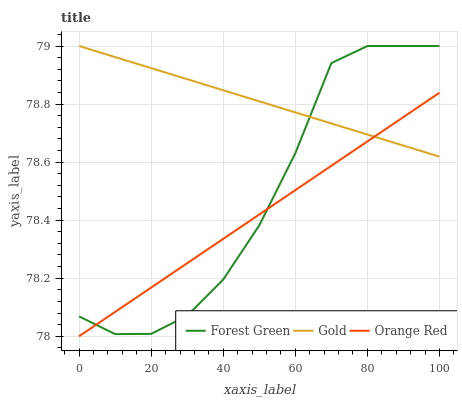
| xaxis_label | Forest Green | Gold | Orange Red |
 | --- | --- | --- | --- |
 | 0 | 78.1 | 79 | 78 |
 | 10 | 78 | 79 | 78.1 |
 | 20 | 78 | 78.9 | 78.2 |
 | 30 | 78.1 | 78.9 | 78.3 |
 | 40 | 78.2 | 78.8 | 78.3 |
 | 50 | 78.4 | 78.8 | 78.4 |
 | 60 | 78.6 | 78.8 | 78.5 |
 | 70 | 78.9 | 78.7 | 78.6 |
 | 80 | 79 | 78.7 | 78.7 |
 | 90 | 79 | 78.7 | 78.8 |
 | 100 | 79 | 78.6 | 78.8 |